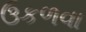
ઉકળવા